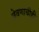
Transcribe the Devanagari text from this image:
जेवणाचीही